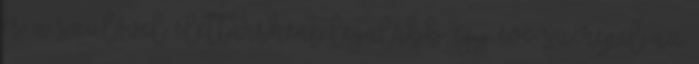
és a szülővel élettársként legalább egy éve szerepel az